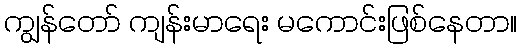
ကျွန်တော် ကျန်းမာရေး မကောင်းဖြစ်နေတာ။